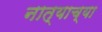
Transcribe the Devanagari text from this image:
नात्याच्या